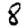
Digit: 8